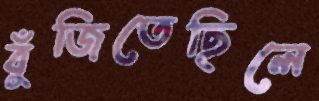
বুঁজিতেছিলে